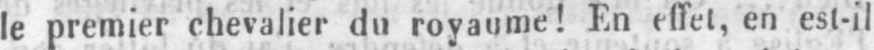
le premier chevalier du royaume! En effet, en est-il